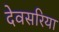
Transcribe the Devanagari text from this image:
देवसरिया